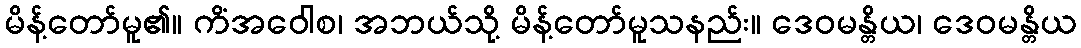
မိန့်တော်မူ၏။ ကိံအဝေါစ၊ အဘယ်သို့ မိန့်တော်မူသနည်း။ ဒေဝမန္တိယ၊ ဒေဝမန္တိယ